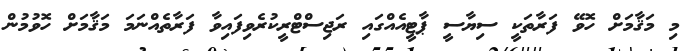
މި މަޤާމަށް ހޮވޭ ފަރާތަކީ ސިޔާސީ ޕާޓީއެއްގައި ރަޖިސްޓްރީކުރެވިފައިވާ ފަރާތެއްނަމަ މަޤާމަށް ހޮވުމުން